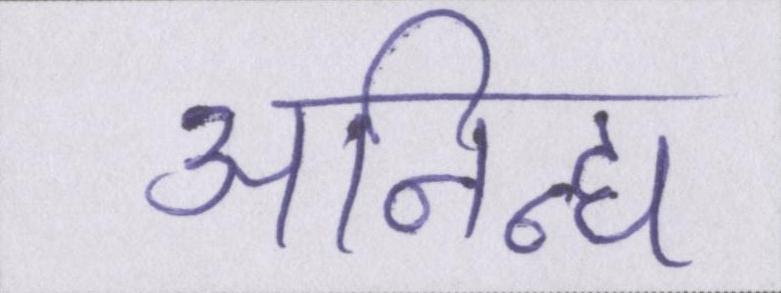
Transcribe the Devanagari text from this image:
अनिन्द्य